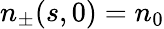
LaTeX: n_{\pm}(s,0)=n_{0}